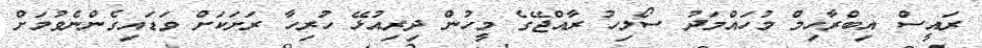
ރައީސް އިބްރާހިމް މުހައްމަދު ސޯލިހު ރާއްޖޭގެ މީހުން ދިރިއުޅޭ ހުރިހާ ރަށަކަށް ވަޑައިގެންނެވުމަށް